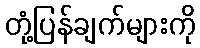
တုံ့ပြန်ချက်များကို